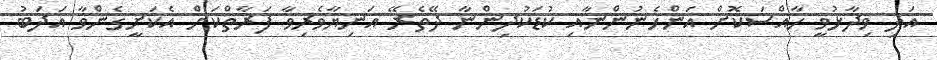
އަދި ވިދާޅުވީ ހާއްސަކޮށް އަންހެނުންނާއި ކުޑަކުދިންނާ ދޭތެރޭ އަނިޔާވެރިވާ ފަރާތްކަށް އެކަށީގެންވާ އަދަބު